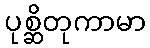
ပုစ္ဆိတုကာမာ